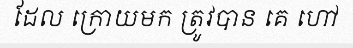
ដែល ក្រោយមក ត្រូវបាន គេ ហៅ